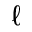
\ell